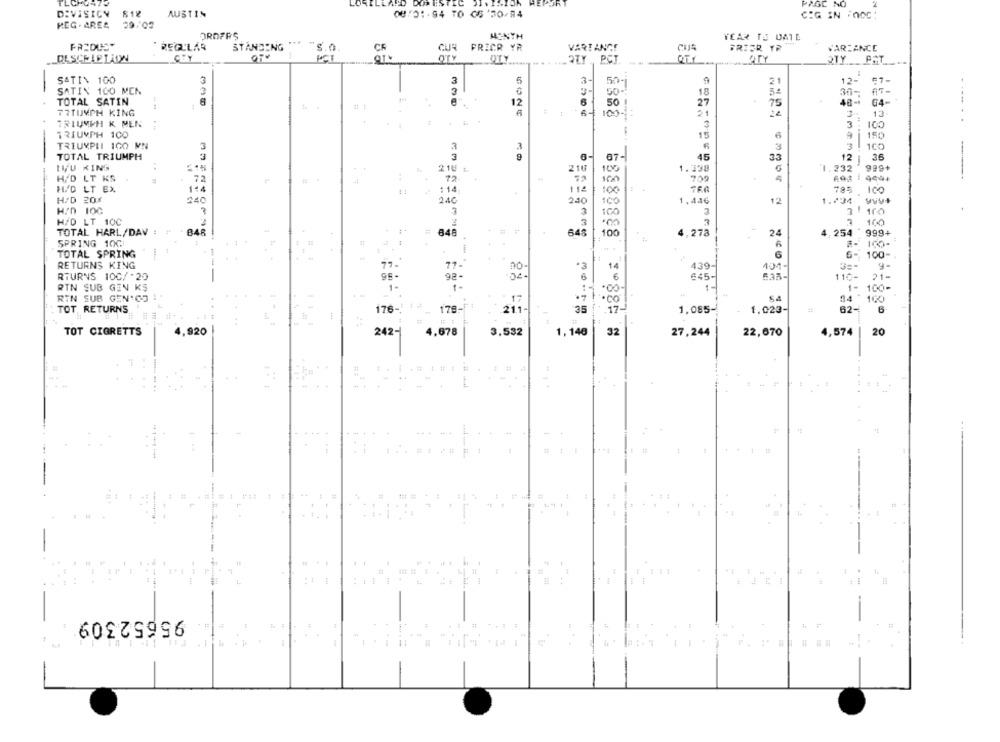
TLCHE
AND DOMESTIC DIVISION
PAGE NO
DIVISION
812
AUSTIN
08:01.94 TO 650-4
CIG IN :n00;
MEG . AREA 29.02
DROFFS
MENYH
YEAR TO DATE
FACDUS"
. REGULAR
STANDING
S.0
CUR
CUR FRICR YR
VARI ANCE
CUS
FRISR TR
VARIANCE
DESCE LELION
CEY
PTY
QTY , PCI.
2TY ___ PAT
SATIN 100
3
3
21
12-
#7-
50-
AT-
SATIN 100 MEN
50-1
18
5.
30-
TOTAL SATIN
--
12
50 1
27
75
48-1
64-
77TUMPH KING
. ..
13
. ... .
100-
21
TRIUMPH K MEN
3
3
100
TRIUMPH 100
150
15
TRIUMPII 100 MN
3
3
3 . 100
TOTAL TRIUMPH
3
07-
45
33
36
IKU KING
2 18
210
100
1.338
1.232
999+
H.D LT KS
72
72
709
H/D LT EX
114
11
: 14
112
100
785 .100
H/D 20X
240
240
240
IÇO
1,446
12
1.734 VUV+
7
3
100
3
3 100
H/D LT 10C
3
3
100
TOTAL HARL/DAV : # 848
648
4
648
100
4,278
24
4,254 999+
SPRING 10G
#- ICO-
TOTAL SPRING
6
-HAN omgos y HOO;
6- 100-
RETURNS KING
77.
no-
*3
14
439-
101-
6
21-
RTURNS 100/ .25
95
6
645-
533-
110-
RIN SUB GEN KS
1-
.00-
1- 100-
RIN SUB GEN"CS
17
17
·co
84 100
TOT. RETURNS
176-
178
211
35
.17-
1.085-
1.023-
62-
6
TOT CIGRETTS
4,920
242-
4,678
3,532
1,140
32
27,244
22,670
4,574
20
95652309